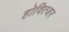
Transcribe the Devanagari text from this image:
होवित्जर